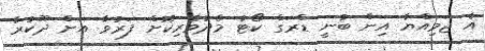
އެ ޖަމިއްޔާ އިން ބުނީ ޑްރަގް ކޯޓު މެދުވެރިކޮށް ފަރުވާ އަށް ދޫކުރާ